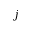
j